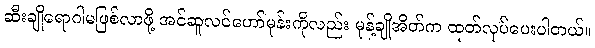
ဆီးချိုရောဂါမဖြစ်လာဖို့ အင်ဆူလင်ဟော်မုန်းကိုလည်း မုန့်ချိုအိတ်က ထုတ်လုပ်ပေးပါတယ်။